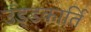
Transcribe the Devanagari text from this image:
उंड्डकार्ति